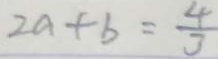
2 a + b = \frac { 4 } { 3 }